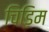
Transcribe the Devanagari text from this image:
चिड़िम